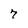
Character: 7